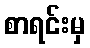
စာရင်းမှ